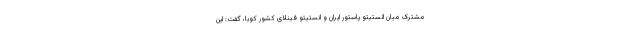
مشترک میان انستیتو پاستور ایران و انستیتو فینلای کشور کوبا، گفت: این